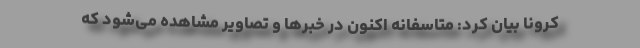
کرونا بیان کرد: متاسفانه اکنون در خبرها و تصاویر مشاهده می‌شود که